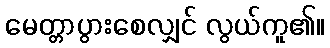
မေတ္တာပွားစေလျှင် လွယ်ကူ၏။